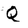
Character: Q